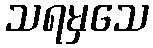
သရမှသေ